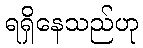
ရရှိနေသည်ဟု